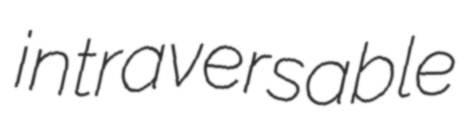
intraversable